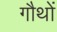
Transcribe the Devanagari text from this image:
गौथों